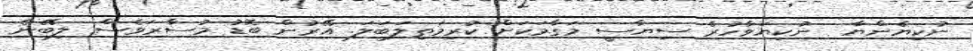
ނުކިޔެންޔާ  ނުކިޔަވާހުރެ ސިޔާސީ މަގާމަކަށް ކުރިމަތިލަބަލަ. އޭރުން ބޮޑު މުސާރަވެސް ލިބޭނެ.